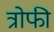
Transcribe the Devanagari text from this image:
त्रोफी